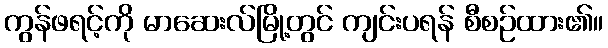
ကွန်ဖရင့်ကို မာဆေးလ်မြို့တွင် ကျင်းပရန် စီစဉ်ထား၏။